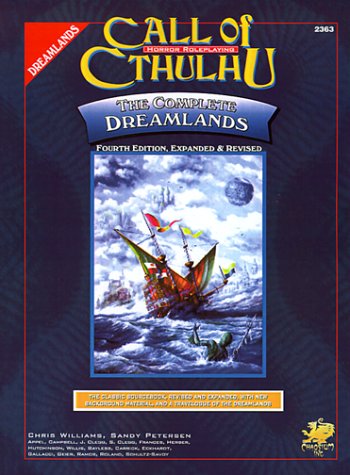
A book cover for The Complete Dreamlands (Call of Cthulhu); Chris Williams; Science Fiction & Fantasy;